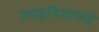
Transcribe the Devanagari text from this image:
उपस्थिताकडे